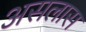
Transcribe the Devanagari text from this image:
असलास